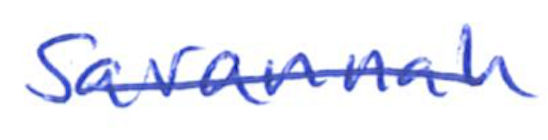
Text: Savannah
Cross-out: single-line
Writing tool: ballpoint